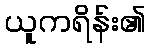
ယူကရိန်း၏